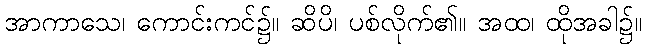
အာကာသေ၊ ကောင်းကင်၌။ ဆိပိ၊ ပစ်လိုက်၏။ အထ၊ ထိုအခါ၌။